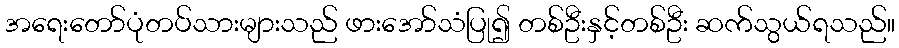
အရေးတော်ပုံတပ်သားများသည် ဖားအော်သံပြု၍ တစ်ဦးနှင့်တစ်ဦး ဆက်သွယ်ရသည်။